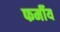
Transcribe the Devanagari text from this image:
फर्मीय